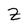
Character: Z